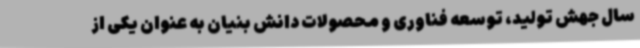
سال جهش تولید، توسعه فناوری و محصولات دانش بنیان به عنوان یکی از